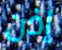
إذن